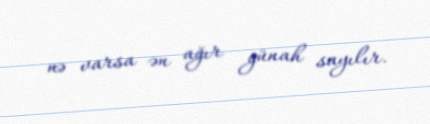
nə varsa ən ağır günah sayılır.